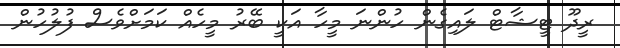
ރީދޫ ޓީޝާޓް ލައިގެން ހުންނަ މީހާ އަކީ ބޭރު މީހެއް ކަމަށްވެސް ފުލުހުން